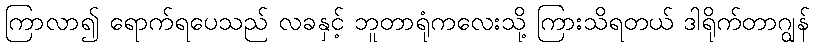
ကြာလာ၍ ရောက်ရပေသည် လခနှင့် ဘူတာရုံကလေးသို့ ကြားသိရတယ် ဒါရိုက်တာဂျွန်